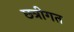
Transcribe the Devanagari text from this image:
छत्रीगत